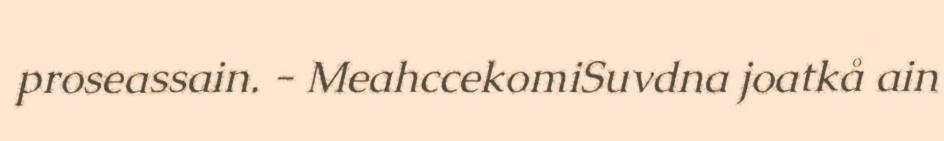
proseassain. - MeahccekomiSuvdna joatkå ain